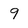
Character: 9